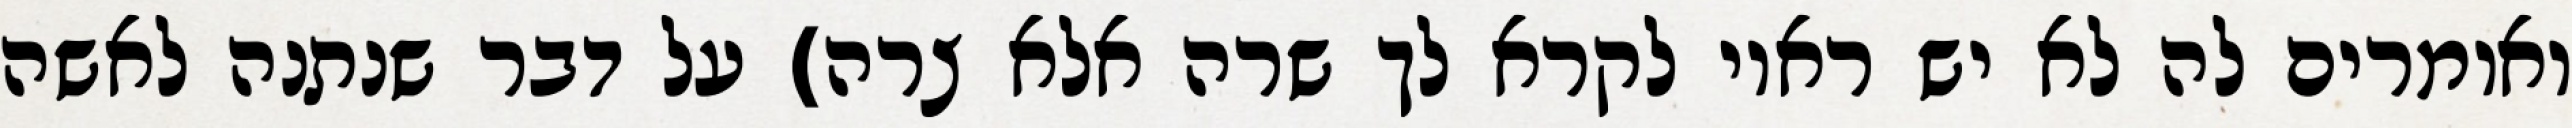
ואומרים לה לא יש ראוי לקרא לך שרה אלא צרה) על דבר שנתנה לאשה